Vaccination in the Punjab 1867-1880 - 1867-1880
Year: 1867
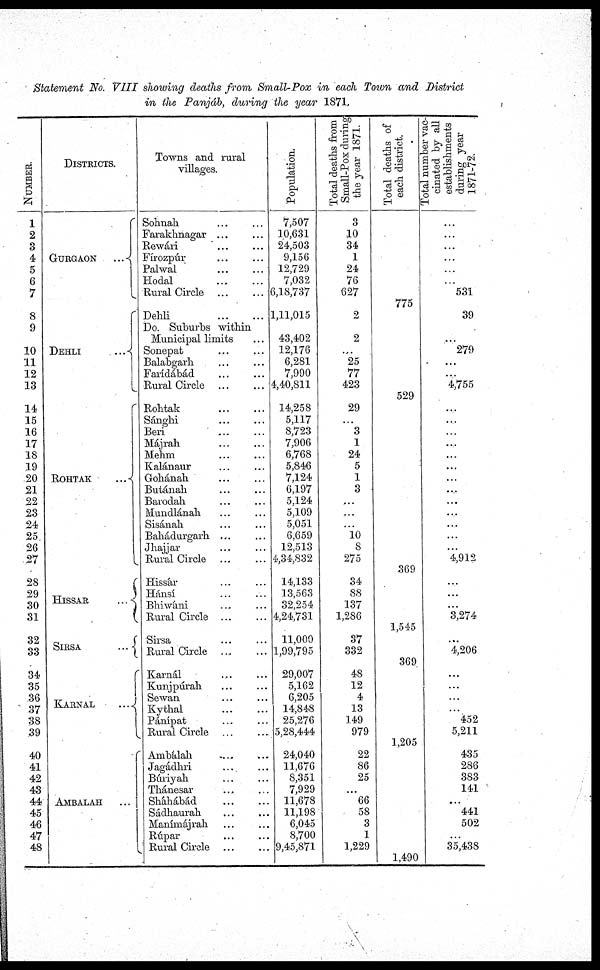
Statement No. VIII showing deaths from Small-Pox in each Town and District
in the Panjáb, during the year 1871.
NUMBER.
1
2
3
4
5
6
7
8
9
10
11
12
13
14
15
16
17
18
19
20
21
22
23
24
25
26
27
28
29
30
31
32
33
34
35
36
37
38
39
40
41
42
43
44
45
46
47
48
DISTRICTS.
GURGAON
...
DEHLI
...
ROHTAK
...
HISSAR
...
SIRSA
...
KARNAL
...
AMBALAH ...
Towns and rural
villages.
Sohnak ... ...
Farakhnagar ... ...
Rewári ... ...
Fírozpúr ... ...
Palwal ... ...
Hodal
...
...
Rural Circle
...
...
Dehli
...
...
Do. Suburbs within
Municipal limits ... ...
Sonepat ... ...
Balabgarh
...
...
Farídábád
...
...
Rural Circle ... ...
Rohtak ... ...
Sánghi ... ...
Beri
...
...
Májrah
...
...
Menni
...
...
Kalánaur ... ...
Gohánah ... ...
Butánah ... ...
Barodah ... ...
Mundlánah ... ...
Sisánah ... ...
Bahádurgarh ... ...
Jhajjar ... ...
Rural Circle ... ...
Hissár ... ...
Hánsí
...
...
Bhiwáni ... ...
Rural Circle
...
...
Sirsa ... ...
Rural Circle
...
...
Karnál ... ...
Kunjpúrah ... ...
Sewan ... ...
Kythal
...
...
Pánípat ... ...
Rural Circle ... ...
Ambálah ... ...
Jagádhri ... ...
Búriyah ... ...
Thánesar ... ...
Sháhábád ... ...
Sádhaurah ... ...
Manímájrah ... ...
Rúpar ... ...
Rural Circle ... ...
Population.
7,507
10,631
24,503
9,156
12,729
7,032
6,18,737
1,11,015
43,402
12,176
6,281
7,990
4,40,811
14,258
5,117
8,723
7,906
6,768
5,846
7,124
6,197
5,124
5,109
5,051
6,659
12,513
4,34,832
14,133
13,563
32,254
4,24,731
11,000
1,99,795
29,007
5,162
6,205
14,848
25,276
5,28,444
24,040
11,676
8,351
7,929
11,678
11,198
6,045
8,700
9,45,871
Total deaths from
Small-Pox during
the year 1871.
3
10
34
1
24
76
627
2
2
...
25
77
423
29
...
3
1
24
5
1
3
...
...
...
10
8
275
34
88
137
1,286
37
332
48
12
4
13
149
979
22
86
25
...
66
58
3
1
1,229
Total deaths of
each district.
775
529
369
1,545
369
1,205
1,490
Total number vac-
cinated by all
establishments
during year
1871-72.
...
...
...
...
...
...
531
39
...
27.9
...
4,755
...
...
...
...
...
...
...
...
...
...
...
...
...
4,912
...
...
...
3,274
...
4,206
...
...
...
452
5,211
435
286
383
141
...
441
502
...
35,438